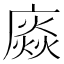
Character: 𢊽